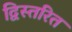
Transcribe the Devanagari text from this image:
द्विस्तरित